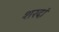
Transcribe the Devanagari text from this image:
शरदां